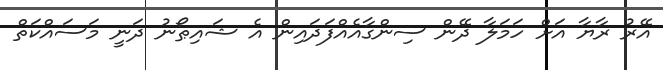
އޭރު ރާޔާ އަށް ހަމަލާ ދޭން ސިންގާއެއްފަދައިން އެ ޝައިޠޯނު ދަނީ މަސައްކަތް